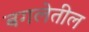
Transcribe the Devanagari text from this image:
बगलेतील